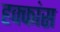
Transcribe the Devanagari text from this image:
हक्कांस